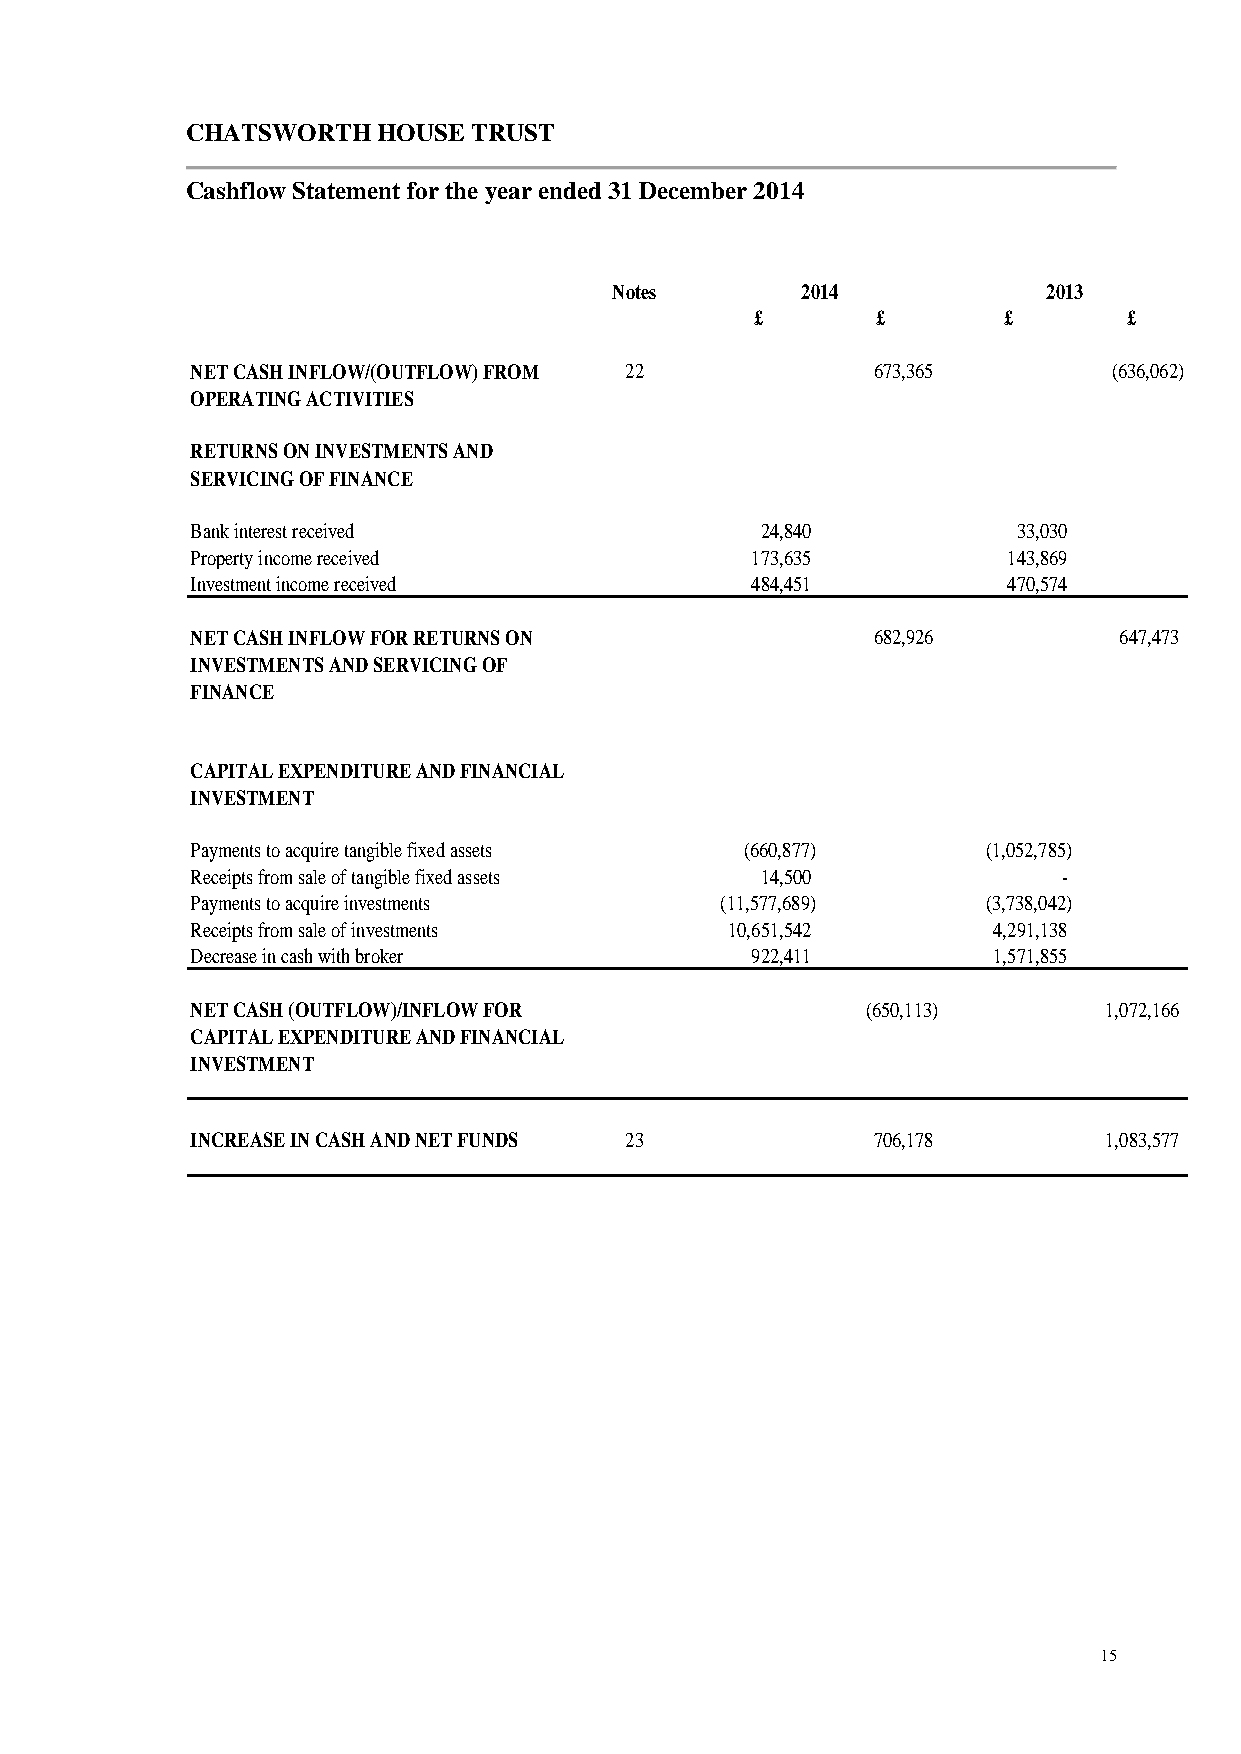
CHATSWORTH   HOUSE TRUST
 Cashflow Statement for the year ended 31 December 2014
 Notes       2014            2013
 £       £       £        £
 NET CASH INFLOW/(OUTFLOW) FROM 22            673,365         (636,062)
 OPERATING ACTIVITIES
 RETURNS ON INVESTMENTS AND
 SERVICING OF FINANCE
 Bank interest received               24,840           33,030
 Property income received             173,635          143,869
 Investment income received           484,451          470,574
 NET CASH INFLOW FOR RETURNS ON               682,926         647,473
 INVESTMENTS AND SERVICING OF
 FINANCE
 CAPITAL EXPENDITURE AND FINANCIAL
 INVESTMENT
 Payments to acquire tangible fixed assets (660,877) (1,052,785)
 Receipts from sale of tangible fixed assets 14,500       -
 Payments to acquire investments    (11,577,689)     (3,738,042)
 Receipts from sale of investments  10,651,542        4,291,138
 Decrease in cash with broker         922,411         1,571,855
 NET CASH (OUTFLOW)/INFLOW FOR               (650,113)       1,072,166
 CAPITAL EXPENDITURE AND FINANCIAL
 INVESTMENT
 INCREASE IN CASH AND NET FUNDS 23            706,178        1,083,577
 15